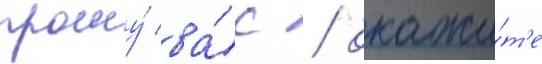
прошу́ ва́с / окажи́т'е